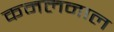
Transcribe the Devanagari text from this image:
कमलनाल